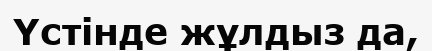
Үстiнде жұлдыз да,